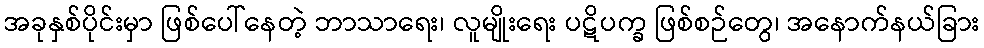
အခုနှစ်ပိုင်းမှာ ဖြစ်ပေါ်နေတဲ့ ဘာသာရေး၊ လူမျိုးရေး ပဋိပက္ခ ဖြစ်စဉ်တွေ၊ အနောက်နယ်ခြား